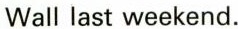
Wall last weekend.